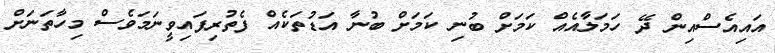
އައިއެސްއިން ދޭ ހަމަލާއެއް ކަމަށް ބުނި ކަމަށް ބުނާ އަޑުތަކެއް ފެތުރިފައިވީނަމަވެސް މިހާތަނަށް